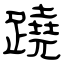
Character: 蹺